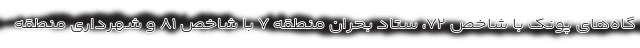
گاه‌های پونک با شاخص ۷۲، ستاد بحران منطقه ۷ با شاخص ۸۱ و شهرداری منطقه